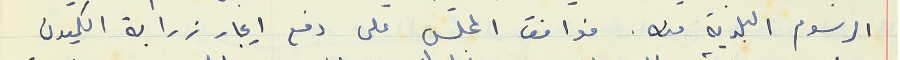
الرسوم البلدية منه. فوافق المجلس على دفع ايجار زرابة الكميون